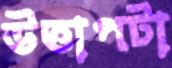
উত্তাপটা